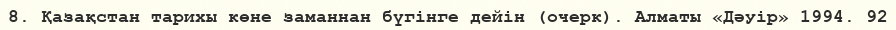
8. Қазақстан тарихы көне заманнан бүгінге дейін (очерк). Алматы «Дәуір» 1994. 92